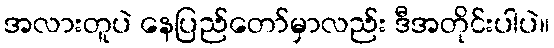
အလားတူပဲ နေပြည်တော်မှာလည်း ဒီအတိုင်းပါပဲ။